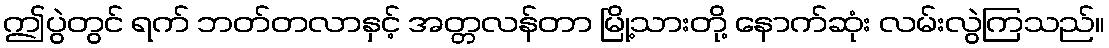
ဤပွဲတွင် ရက် ဘတ်တလာနှင့် အတ္တလန်တာ မြို့သားတို့ နောက်ဆုံး လမ်းလွဲကြသည်။